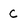
Character: C